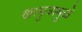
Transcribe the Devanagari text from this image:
खरबुजामुळे